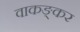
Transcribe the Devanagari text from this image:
वाकङ्कर